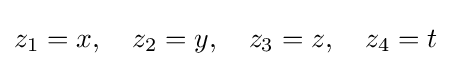
z_{1}=x,\quad z_{2}=y,\quad z_{3}=z,\quad z_{4}=t